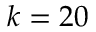
k = 2 0